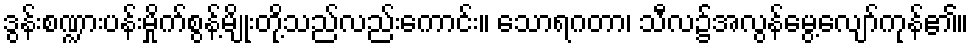
ဒွန်းစဏ္ဍားပန်းမှိုက်စွန့်မျိုးတို့သည်လည်းကောင်း။ သောရဂတာ၊ သီလ၌အလွန်မွေ့လျော်ကုန်၏။